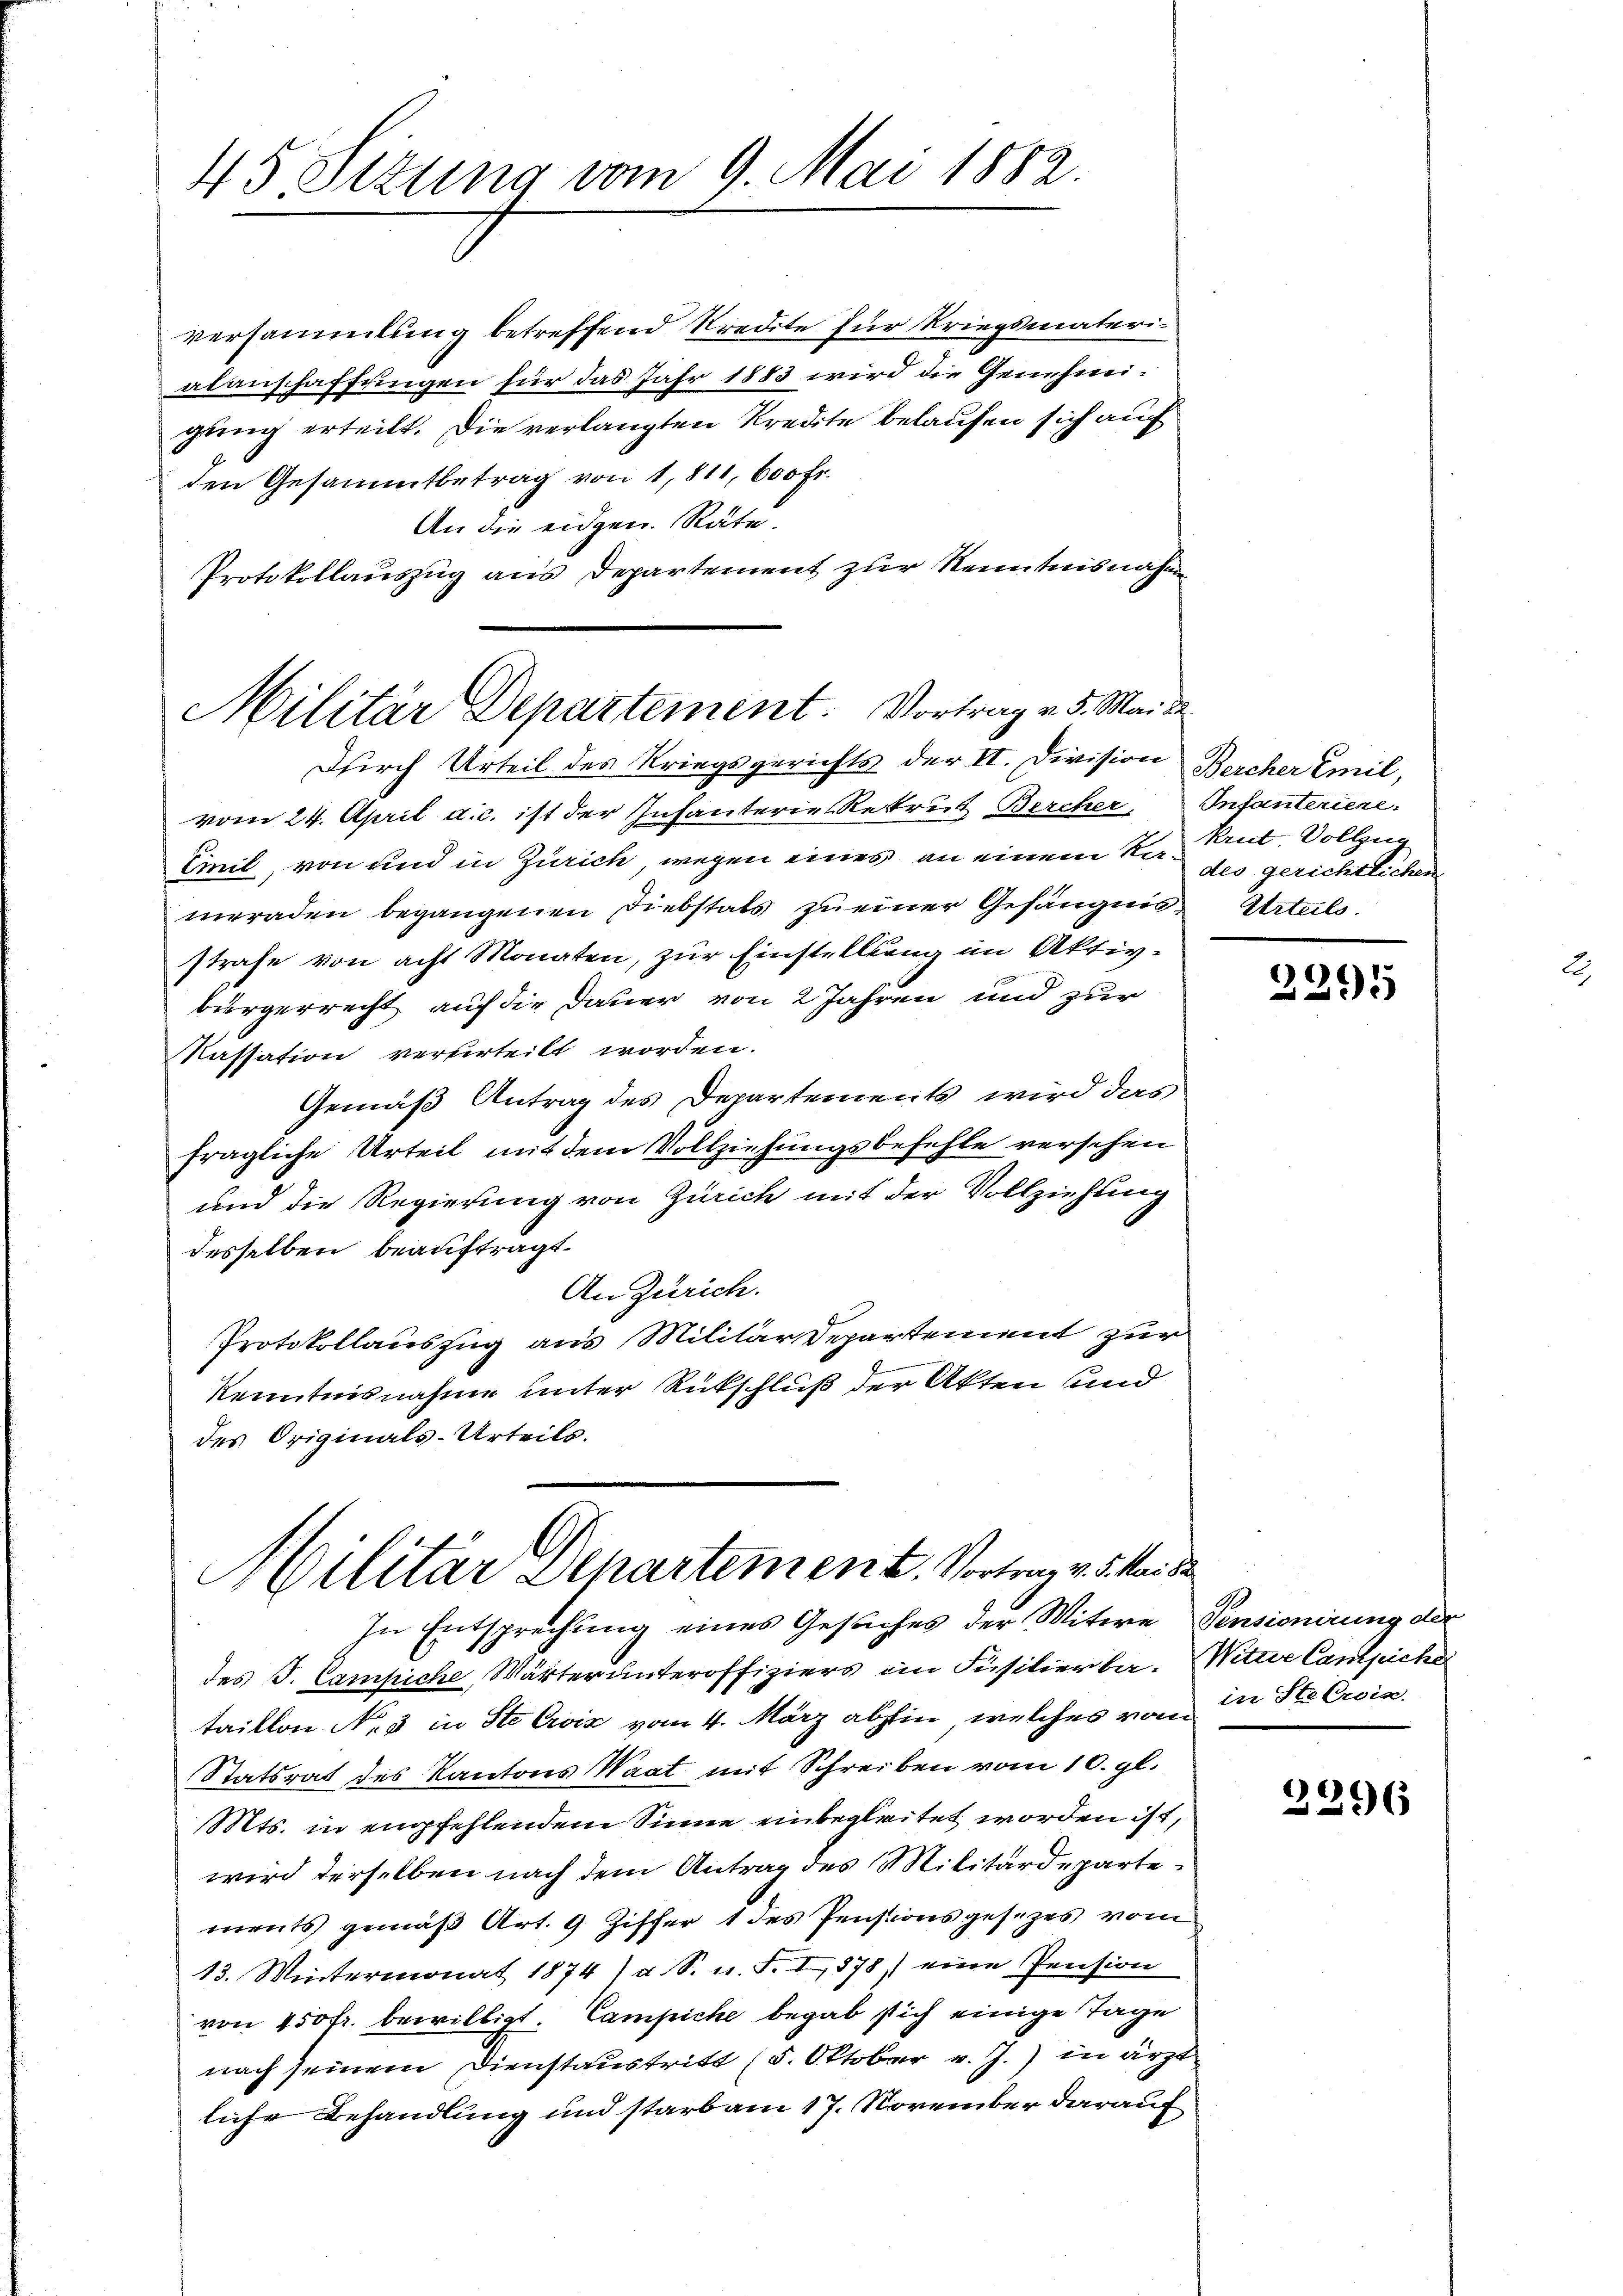
45 Sezung vom 9. Mai 1882.

versammlung betreffend Kredite für Kriegsmaterialanschaffungen für das Jahr 1883 wird die Genehmigung erteilt. Die verlangten Kredite belaufen sich auch
den Gesammtbetrag von 1,811, 600 Fr.
An die eidgen. Räte.
Protokollauszug aus Departement zur Kenntnisnahme

Militär Departement: Vortrag v. 5. Mai d.
Durch Urteil des Kriegsgerichts der VI. Division

vom 24. April a. c. ist der Infanterie Rekrut Bercher, Infanteriene
Einil, von und in Zürich wegen eines an einem Sie des gerichtlichen
meraden begangenen Diebstats zu einer Gefängnis Urteils.
strafe von acht Monaten, zur Einstellung im Aktivbürgerrecht auf die Dauer von 2 Jahren und zur
Kassation verferteilt worden.
Gemäß Antrag des Departements wird das
fragliche Urteil mit dem Vollziehungsbefehle versehen
und die Regierung von Zürich mit der Vollziehung
desselben beauftragt.
An Zürich.
Protokollauszug aus Militärdepartement zur
Kenntnisnahme unter Rückschluß der Akten sind
des Originals-Urteils.

Militär Separtement. Vortrag v. 5. Mai de
In Entsprechung eines Gesuches der Witwe Pensionirung der

Bercher Emil,
krut-Vollzie

des J. Campiche Wärterunteroffiziers im Füsilierbe. Witwe Campiche
taillon No 3 in Ste Civis vom 4. März abhin, welches von in Ste Croix
Statsrat des Kantons Waat mit Schreiben vom 10. gl.
Mts. in empfehlendem Sinne einbegleitet worden ist,
wird derselben nach dem Antrag des Militärdepartements gemäß Art. 9 Ziffer 1 des Pensionsgesezes vom
13. Wintermonat 1874) u. S. n. F. I, 878) eine Pension
von 450 fr. bewilligt. Campiche begab sich einige Tage
nach seinem Dienstaustritt (5. Oktober v. J.) in ärztliche Behandlung und starb am 17. November darauf

2295

2296